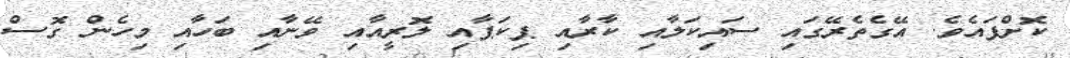
ކޮށްފައެވެ. އޭގެތެރޭގައި ސައިކަލާއި ކާރާއި ޕިކަޕާއި ލޮރީއާއި ވޭނާއި ބަހާއި މިހެން ގޮސް